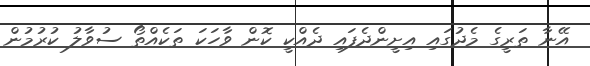
އޭނާ ތަރީގެ މެދުގައި އިށީންދެފައި ދެއްކީ ކޮން ވާހަކަ ތަކެއްތޯ ސުވާލު ކުރުމުން